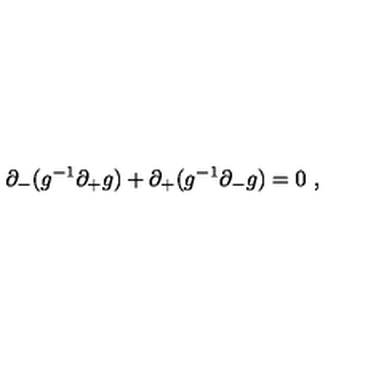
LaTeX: \partial _ { - } ( g ^ { - 1 } \partial _ { + } g ) + \partial _ { + } ( g ^ { - 1 } \partial _ { - } g ) = 0 \ ,